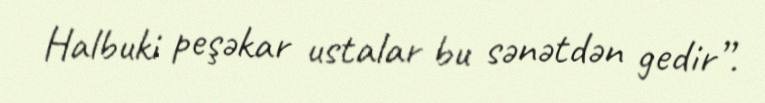
Halbuki peşəkar ustalar bu sənətdən gedir”.